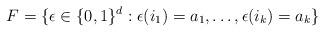
LaTeX: \begin{align*}F=\{\epsilon\in\{0,1\}^{d}: \epsilon(i_1)=a_{1},\ldots,\epsilon(i_{k})=a_{k}\}\end{align*}